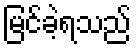
မြင်ခဲ့ရသည်